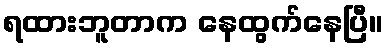
ရထားဘူတာက နေထွက်နေပြီ။